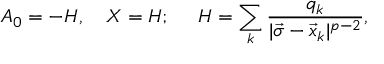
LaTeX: A _ { 0 } = - H , \ \ \ X = H ; \ \ \ \ H = \sum _ { k } { \frac { q _ { k } } { | \vec { \sigma } - \vec { x } _ { k } | ^ { p - 2 } } } ,